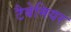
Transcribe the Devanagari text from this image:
टैबेमियर